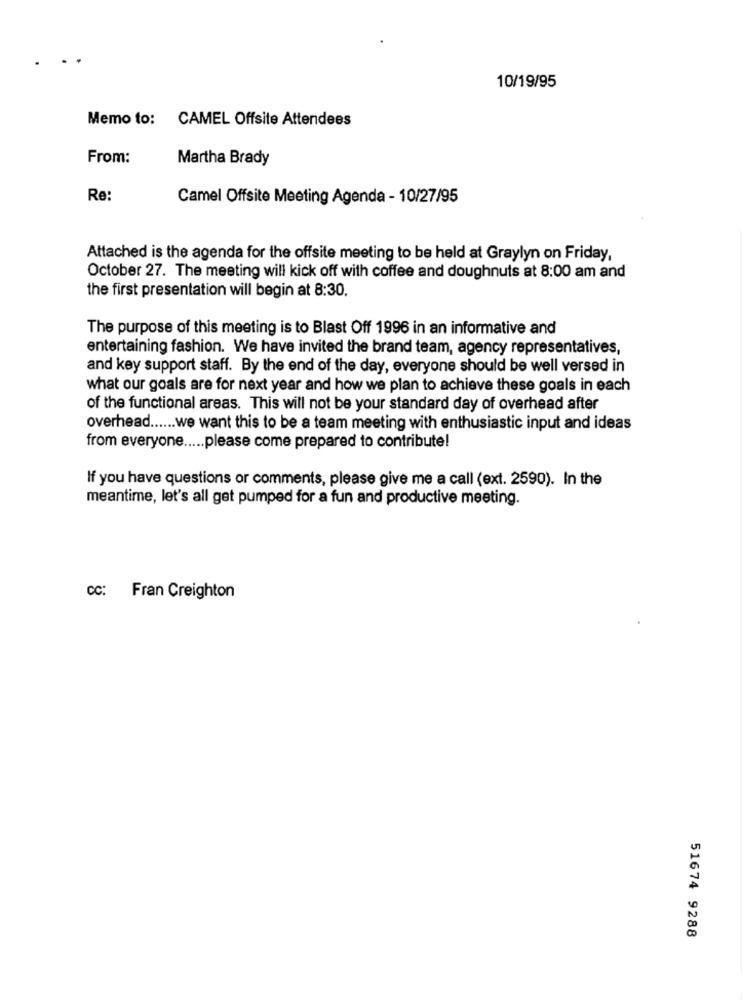
10/19/95
Memo to: CAMEL Offsite Attendees
From:
Martha Brady
Re:
Camel Offsite Meeting Agenda - 10/27/95
Attached is the agenda for the offsite meeting to be held at Graylyn on Friday,
October 27. The meeting will kick off with coffee and doughnuts at 8:00 am and
the first presentation will begin at 8:30.
The purpose of this meeting is to Blast Off 1996 in an informative and
entertaining fashion. We have invited the brand team, agency representatives,
and key support staff. By the end of the day, everyone should be well versed in
what our goals are for next year and how we plan to achieve these goals in each
of the functional areas. This will not be your standard day of overhead after
overhead ...... we want this to be a team meeting with enthusiastic input and ideas
from everyone ..... please come prepared to contribute!
If you have questions or comments, please give me a call (ext. 2590). In the
meantime, let's all get pumped for a fun and productive meeting.
CC: Fran Creighton
51674 9288